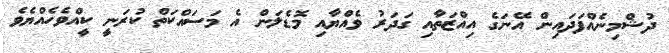
ދުޝްމިނެއްފަދައިން އޭނަގެ އިއްޒަތާއި ގަދަރު ވެއްޔާއި މޮޑެލަން އެ މަސައްކަތް ކުރަނީ ކީއްވެހެއްޔެވެ